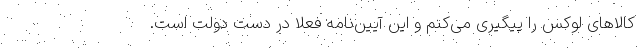
کالاهای لوکس را پیگیری می‌کنم و این آیین‌نامه فعلا در دست دولت است.